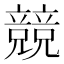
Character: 競